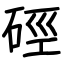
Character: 硜